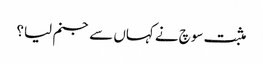
مثبت سوچ نے کہاں سے جنم لیا؟